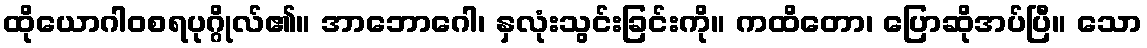
ထိုယောဂါဝစရပုဂ္ဂိုလ်၏။ အာဘောဂေါ၊ နှလုံးသွင်းခြင်းကို။ ကထိတော၊ ပြောဆိုအပ်ပြီ။ သော